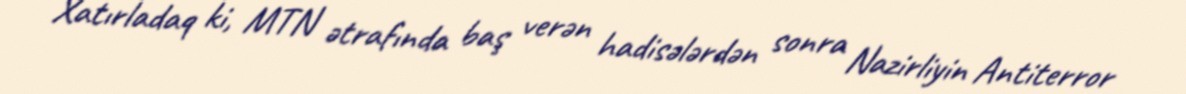
Xatırladaq ki, MTN ətrafında baş verən hadisələrdən sonra Nazirliyin Antiterror